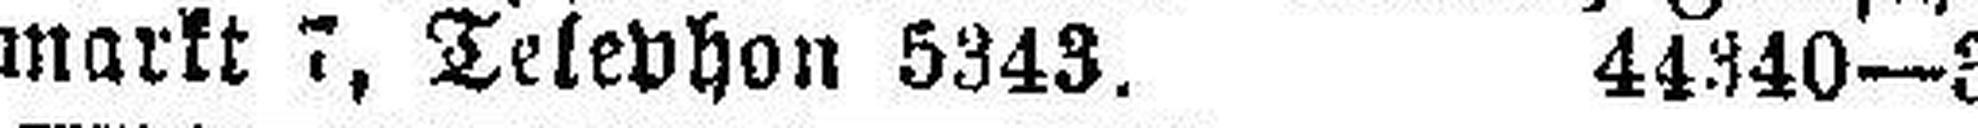
markt 7, Telephon 5343. 44340—3